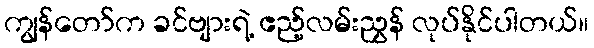
ကျွန်တော်က ခင်ဗျားရဲ့ ဧည့်လမ်းညွှန် လုပ်နိုင်ပါတယ်။